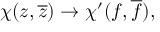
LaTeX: { \chi } ( z , \overline { { { z } } } ) \rightarrow { \chi } ^ { \prime } ( f , \overline { { { f } } } ) , \quad